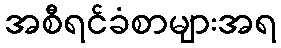
အစီရင်ခံစာများအရ